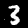
Digit: 3